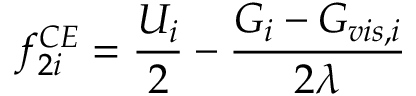
f _ { 2 i } ^ { C E } = \frac { U _ { i } } { 2 } - \frac { G _ { i } - G _ { v i s , i } } { 2 \lambda }